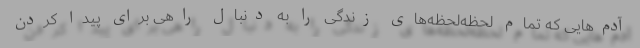
آدم‌هایی که تمام لحظه‌لحظه‌های زندگی را به دنبال راهی برای پیدا کردن